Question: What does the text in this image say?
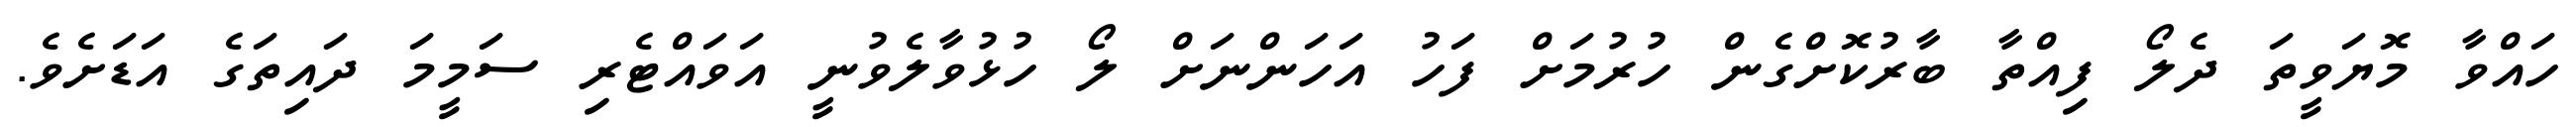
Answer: ހައްވާ މޮޔަވީތަ ދެލޯ ފިއްތާ ބާރުކޮށްގެން ހުރުމަށް ފަހު އަހަންނަށް ލޯ ހުޅުވާލެވުނީ އަވައްޓެރި ސަމީމަ ދައިތަގެ އަޑަށެވެ.